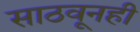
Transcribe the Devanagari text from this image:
साठवूनही